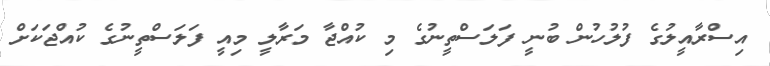
އިސްރާއީލުގެ ފުލުހުން ބުނީ ފަލަސްތީނުގެ މި ކުއްޖާ މަރާލީ މިއީ ފަލަސްތީނުގެ ކުއްޖަކަށް